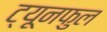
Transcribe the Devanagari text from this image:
ट्यूनफुल